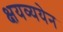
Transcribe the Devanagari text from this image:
क्षयव्ययेन